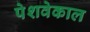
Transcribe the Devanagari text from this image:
पेशवेकाल